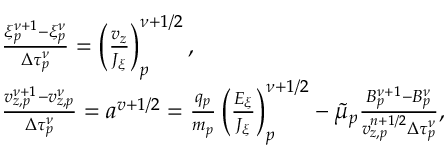
\begin{array} { r l } & { \frac { \xi _ { p } ^ { \nu + 1 } - \xi _ { p } ^ { \nu } } { \Delta \tau _ { p } ^ { \nu } } = \left( \frac { v _ { z } } { J _ { \xi } } \right) _ { p } ^ { \nu + 1 / 2 } , } \\ & { \frac { v _ { z , p } ^ { \nu + 1 } - v _ { z , p } ^ { \nu } } { \Delta \tau _ { p } ^ { \nu } } = a ^ { v + 1 / 2 } = \frac { q _ { p } } { m _ { p } } \left( \frac { E _ { \xi } } { J _ { \xi } } \right) _ { p } ^ { \nu + 1 / 2 } - \Tilde { \mu } _ { p } \frac { B _ { p } ^ { \nu + 1 } - B _ { p } ^ { \nu } } { v _ { z , p } ^ { n + 1 / 2 } \Delta \tau _ { p } ^ { \nu } } , } \end{array}